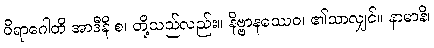
ဝိရာဂေါတိ အာဒီနိ စ၊ တို့သည်လည်း။ နိဗ္ဗာနဿေဝ၊ ၏သာလျှင်။ နာမာနိ၊